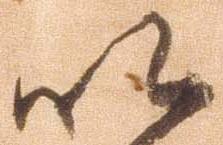
以